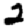
Digit: 2